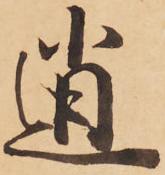
逍